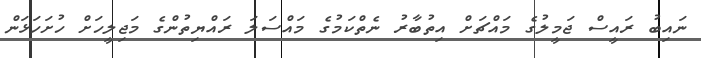
ނައިބު ރައީސް ޖަމީލުގެ މައްޗަށް އިތުބާރު ނެތްކަމުގެ މައްސަލަ ރައްޔިތުންގެ މަޖިލީހަށް ހުށަހަޅަން